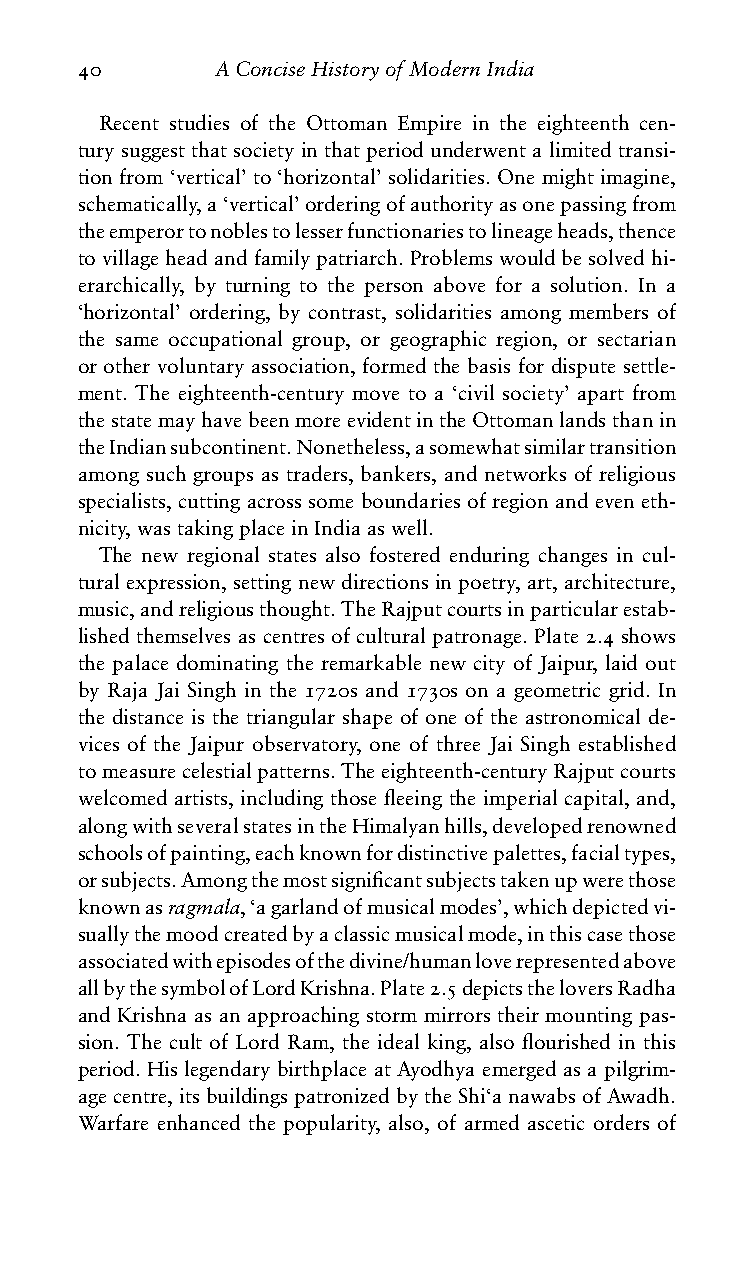
40       AConciseHistoryofModernIndia
 Recent studies of the Ottoman Empire in the eighteenth cen-
 tury suggest that society in that period underwent a limited transi-
 tion from ‘vertical’ to ‘horizontal’ solidarities. One might imagine,
 schematically,a‘vertical’orderingofauthorityasonepassingfrom
 theemperortonoblestolesserfunctionariestolineageheads,thence
 tovillageheadandfamilypatriarch.Problemswouldbesolvedhi-
 erarchically, by turning to the person above for a solution. In a
 ‘horizontal’ ordering, by contrast, solidarities among members of
 the same occupational group, or geographic region, or sectarian
 or other voluntary association, formed the basis for dispute settle-
 ment. The eighteenth-century move to a ‘civil society’ apart from
 thestatemayhavebeenmoreevidentintheOttomanlandsthanin
 theIndiansubcontinent.Nonetheless,asomewhatsimilartransition
 among such groups as traders, bankers, and networks of religious
 specialists, cutting across some boundaries of region and even eth-
 nicity,wastakingplaceinIndiaaswell.
 The new regional states also fostered enduring changes in cul-
 turalexpression,settingnewdirectionsinpoetry,art,architecture,
 music,andreligiousthought.TheRajputcourtsinparticularestab-
 lished themselves as centres of cultural patronage. Plate 2.4 shows
 the palace dominating the remarkable new city of Jaipur, laid out
 by Raja Jai Singh in the 1720s and 1730s on a geometric grid. In
 the distance is the triangular shape of one of the astronomical de-
 vices of the Jaipur observatory, one of three Jai Singh established
 tomeasurecelestialpatterns.Theeighteenth-centuryRajputcourts
 welcomed artists, including those fleeing the imperial capital, and,
 alongwithseveralstatesintheHimalyanhills,developedrenowned
 schoolsofpainting,eachknownfordistinctivepalettes,facialtypes,
 orsubjects.Amongthemostsignificantsubjectstakenupwerethose
 knownasragmala,‘agarlandofmusicalmodes’,whichdepictedvi-
 suallythemoodcreatedbyaclassicmusicalmode,inthiscasethose
 associatedwithepisodesofthedivine/humanloverepresentedabove
 allbythesymbolofLordKrishna.Plate2.5depictstheloversRadha
 and Krishna as an approaching storm mirrors their mounting pas-
 sion. The cult of Lord Ram, the ideal king, also flourished in this
 period.HislegendarybirthplaceatAyodhyaemergedasapilgrim-
 agecentre,itsbuildingspatronizedbytheShi‘anawabsofAwadh.
 Warfare enhanced the popularity, also, of armed ascetic orders of